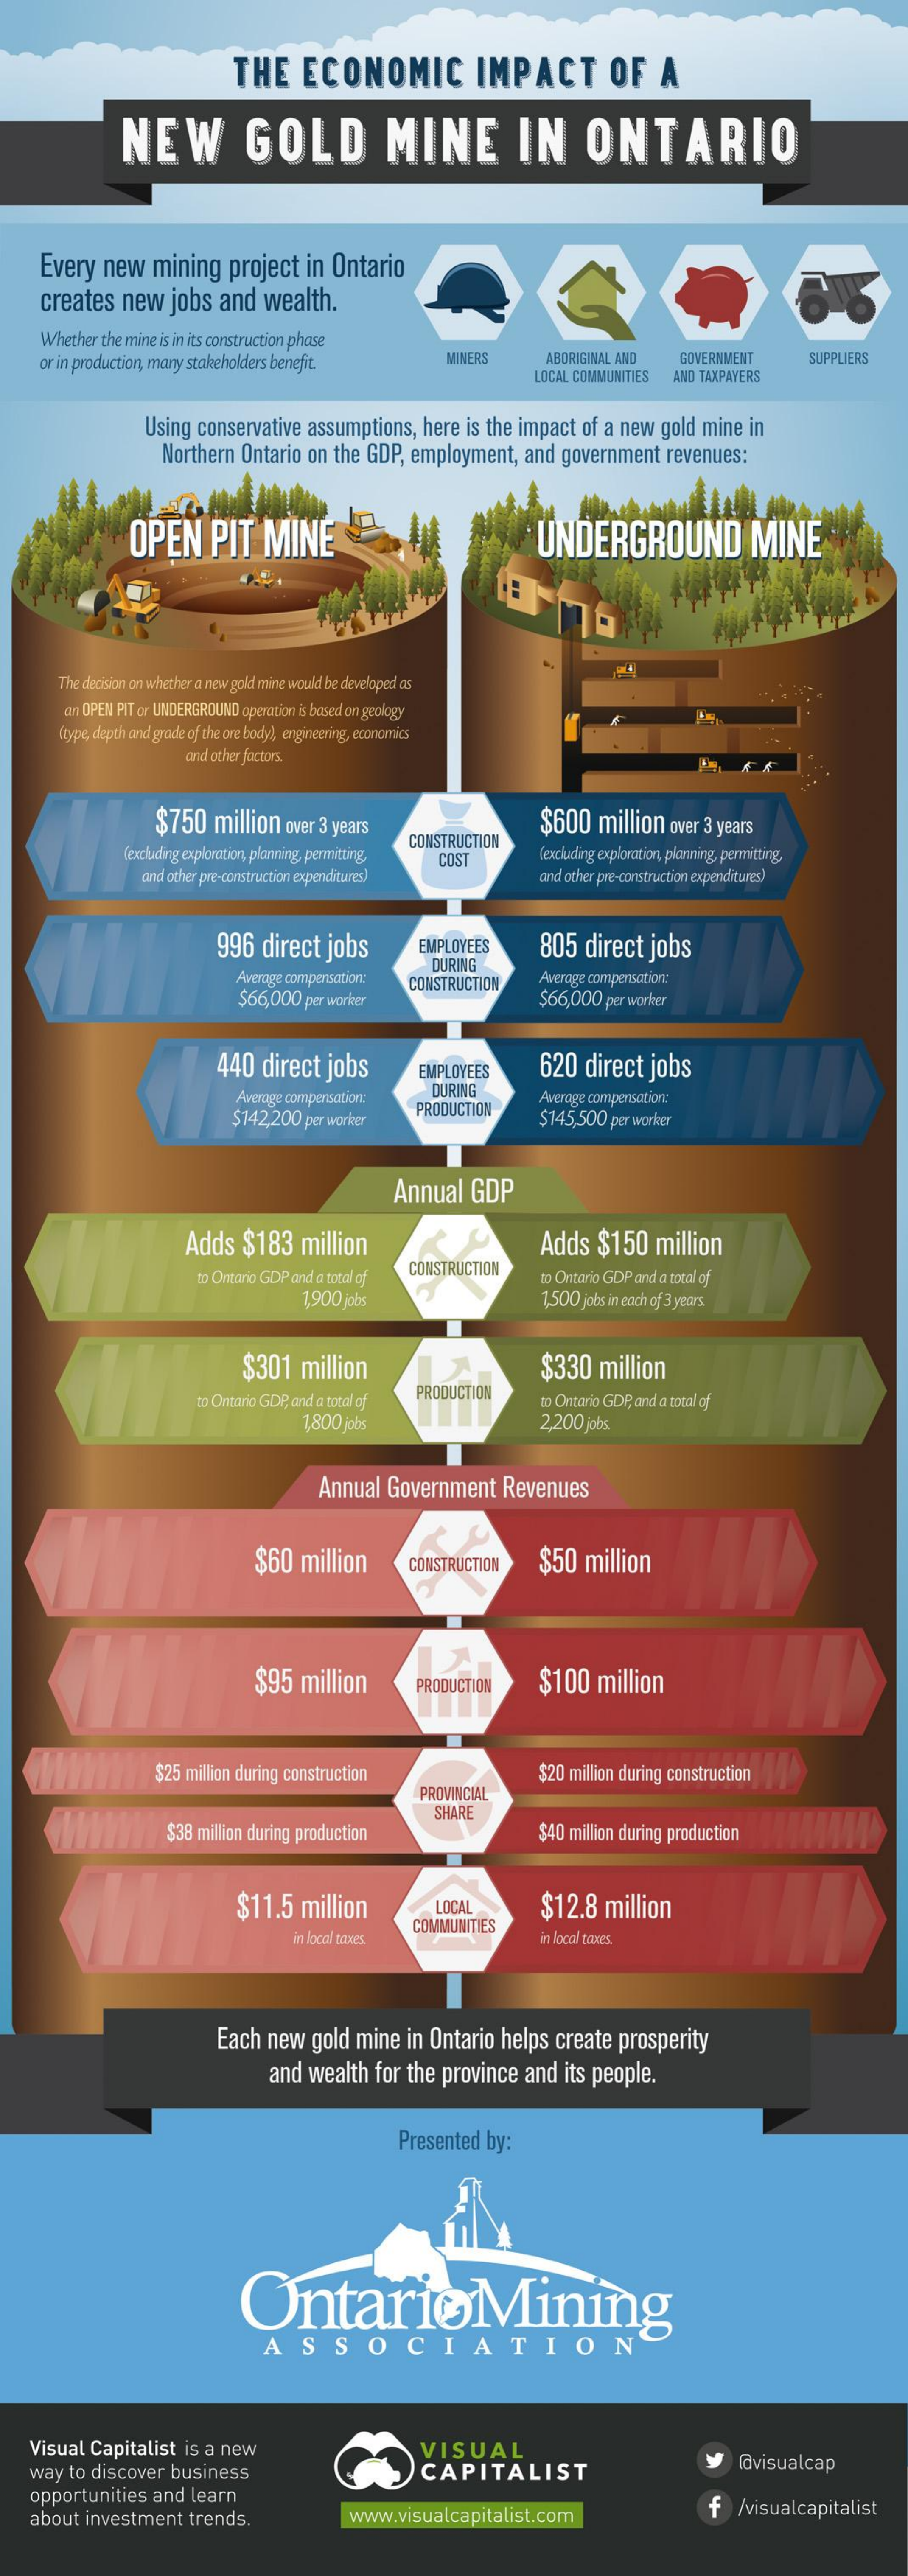
THE   ECONOMIC    IMPACT    OF   A
     NEW    GOLD    MINE    IN    ONTARIO
    Every new mining project in Ontario
    creates new jobs and wealth.
    Whether the mine is in its construction phase
    or in production, many stakeholders benefit. MINERS ABORIGINAL AND GOVERNMENT SUPPLIERS
     LOCAL COMMUNITIES AND TAXPAYERS
     Using conservative assumptions, here is the impact of a new gold mine in
     Northern Ontario on the GDP, employment, and government revenues:
     OPEN   PIT  MINE    UNDERGROUND    MINE
     The decision on whether a new gold mine would be developed as
     an OPEN PIT or UNDERGROUND operation is based on geology
     (type, depth and grade of the ore bodyl, engineering, economics
     and other factors.
     $750 million over 3 years    $600 million over 3 years
     (excluding exploration, planning, permitting,
     CONSTRUCTION
     and other pre-construction expenditures)
     COST    (excluding exploration, planning, permitting,
     and other pre-construction expenditures)
     996 direct jobs    EMPLOYEES  805 direct jobs
     Average compensation:
     DURING
     $66,000 per worker
     CONSTRUCTION Average compensation:
     $66,000 per worker
     440 direct jobs    EMPLOYEES  620 direct jobs
     Average compensation: DURING
     $142,200 per worker
     PRODUCTION
     Average compensation:
     $145,500 per worker
     Annual GDP
     Adds $183 million    Adds $150  million
     to Ontario GDP and a total of CONSTRUCTION to Ontario GDP and a total af
     1,900 jobs    1,500 jobs in each of 3 years.
     $301 million    $330 million
     to Ontario GDP, and a total of
     PRODUCTION
     to Ontario GDP and a total of
     1,800 jobs    2,200 jobs.
     Annual Government Revenues
     $60 million   CONSTRUCTION $50 million
     $95 million    PRODUCTION $100 million
     $25 million during construction    $20 million during construction
     PROVINCIAL
     $38 million during production
     SHARE
     $40 million during production
     $11.5 million    LOCAL    $12.8 million
     COMMUNITIES
     in local taxes.    in local taxes.
     Each new gold mine in Ontario helps create prosperity
     and wealth for the province and its people.
     Presented by:
     OntarioMining
     ASSOCIATION
   Visual Capitalist is a new    VISUAL
   way to discover business    CAPITALIST
     y  lavisualcap
   opportunities and learn
   about investment trends.    www.visualcapitalist.com
     f /visualcapitalist